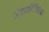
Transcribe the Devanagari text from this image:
अंतरलैंगिकता